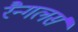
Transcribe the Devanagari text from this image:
रैन्गलर्स